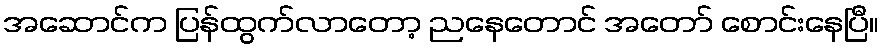
အဆောင်က ပြန်ထွက်လာတော့ ညနေတောင် အတော် စောင်းနေပြီ။